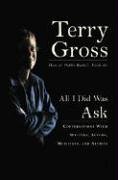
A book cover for All I Did Was Ask: Conversations with Writers, Actors, Musicians, and Artists; Terry Gross; Humor & Entertainment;